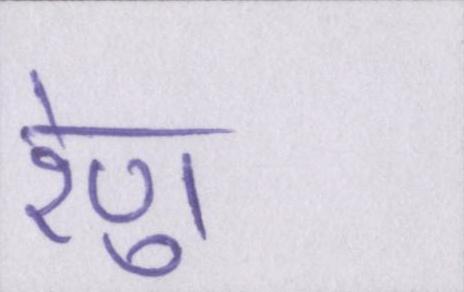
रेणु